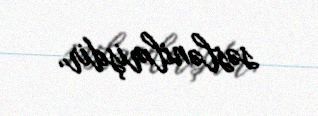
səslənilmişdir.